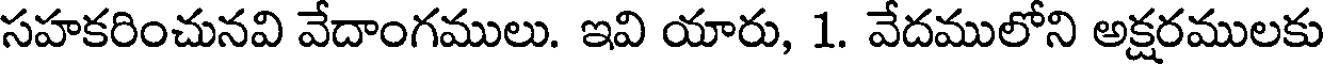
సహకరించునవి వేదాంగములు. ఇవి యారు, 1. వేదములోని అక్షరములకు